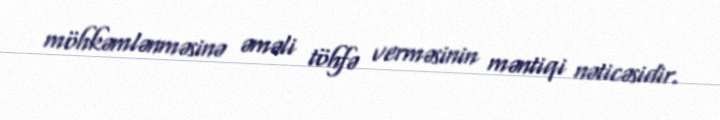
möhkəmlənməsinə əməli töhfə verməsinin məntiqi nəticəsidir.